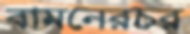
বামনেরচর